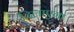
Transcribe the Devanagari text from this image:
दिलाएगा